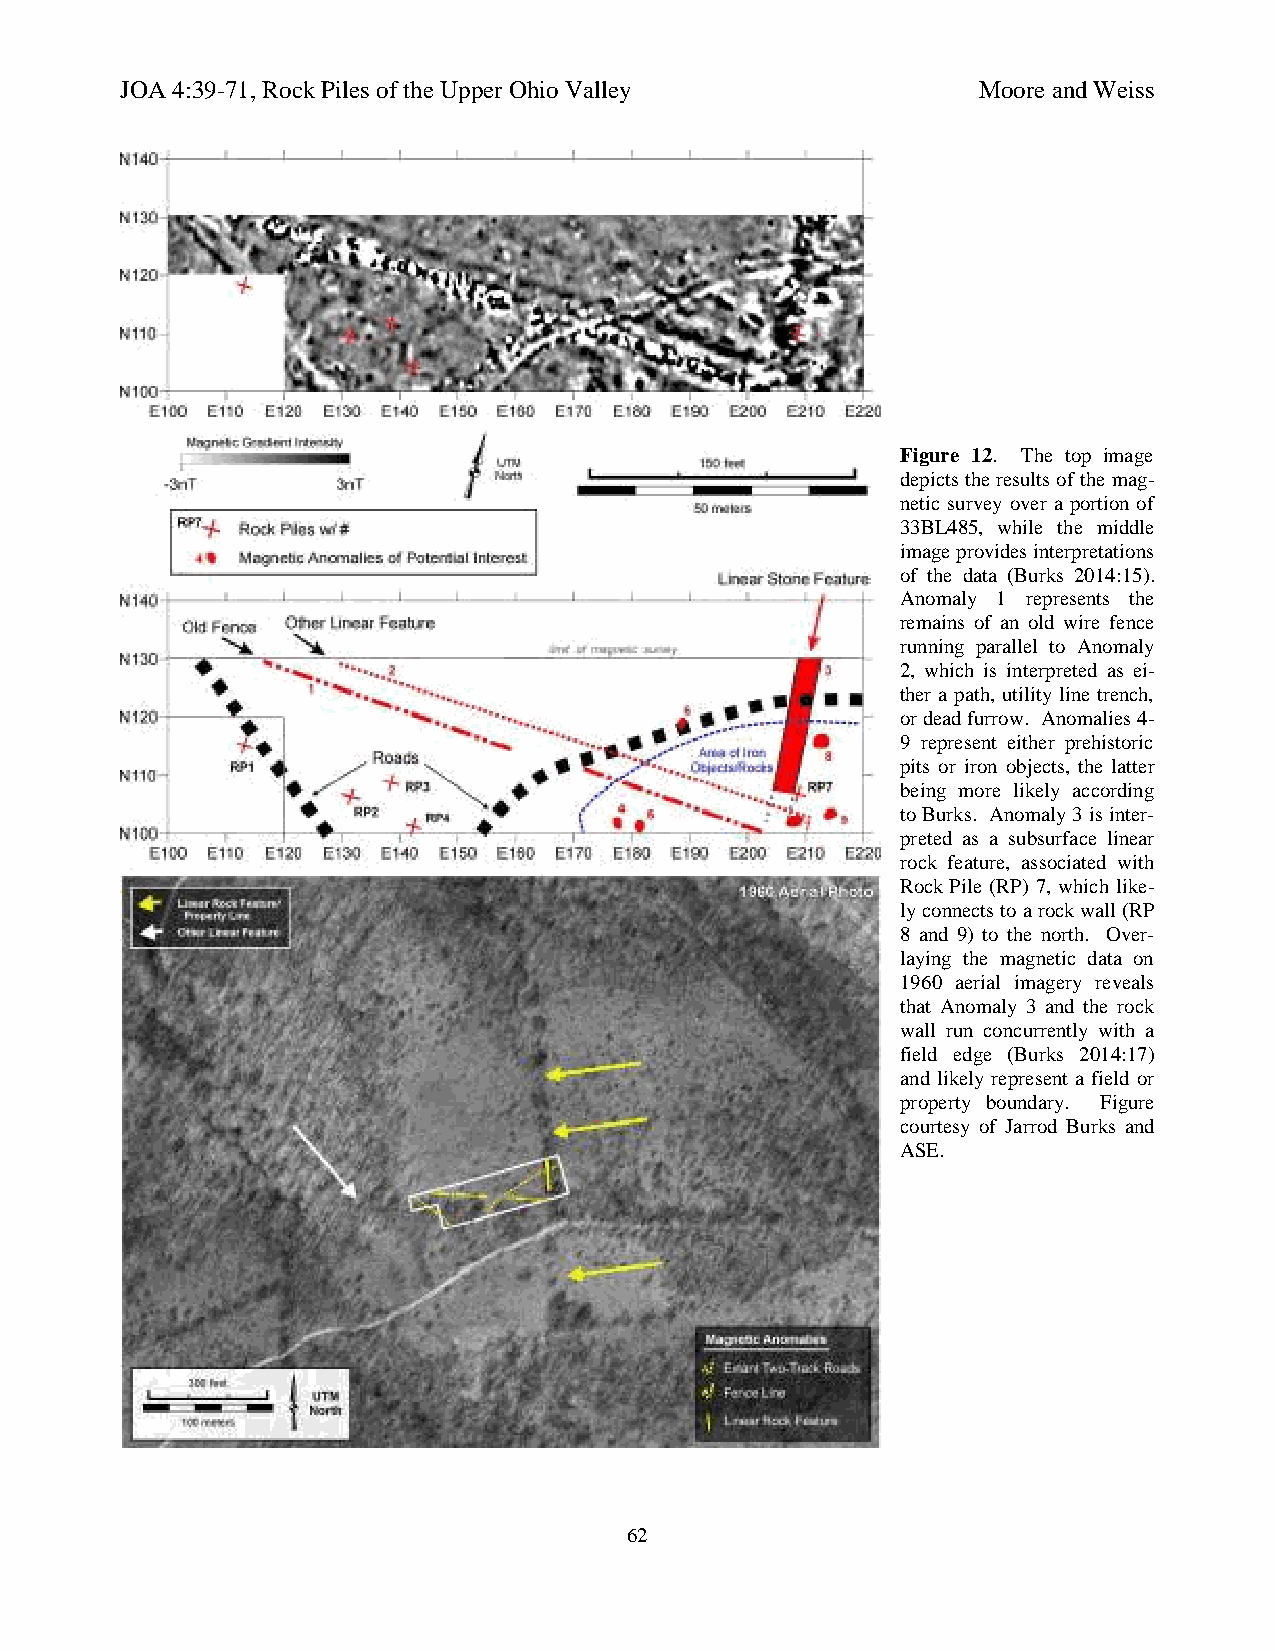
JOA 4:39-71, Rock Piles of the Upper Ohio Valley         Moore and Weiss
 Figure 12. The top image
 depicts the results of the mag-
 netic survey over a portion of
 33BL485, while the middle
 image provides interpretations
 of the data (Burks 2014:15).
 Anomaly 1 represents the
 remains of an old wire fence
 running parallel to Anomaly
 2, which is interpreted as ei-
 ther a path, utility line trench,
 or dead furrow. Anomalies 4-
 9 represent either prehistoric
 pits or iron objects, the latter
 being more likely according
 to Burks. Anomaly 3 is inter-
 preted as a subsurface linear
 rock feature, associated with
 Rock Pile (RP) 7, which like-
 ly connects to a rock wall (RP
 8 and 9) to the north. Over-
 laying the magnetic data on
 1960 aerial imagery reveals
 that Anomaly 3 and the rock
 wall run concurrently with a
 field edge (Burks 2014:17)
 and likely represent a field or
 property boundary. Figure
 courtesy of Jarrod Burks and
 ASE.
 62